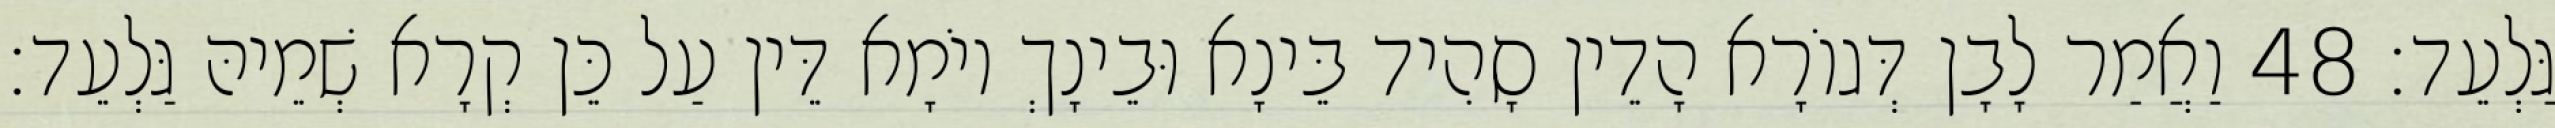
גַּלְעֵד׃ 48 וַאֲמַר לָבָן דְּגוֹרָא הָדֵין סָהִיד בֵּינָא וּבֵינָךְ יוֹמָא דֵּין עַל כֵּן קְרָא שְׁמֵיהּ גַּלְעֵד׃